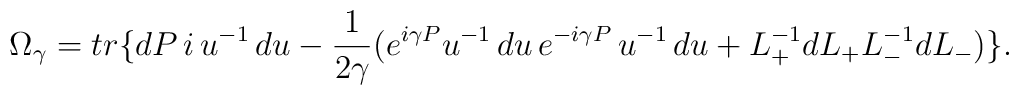
\Omega_{\gamma}=tr\{dP\,i\,u^{-1}\,du-\frac{1}{2\gamma}(e^{i\gamma P}u^{-1}\,du\,e^{-i\gamma P}\,u^{-1}\,du+L_{+}^{-1}dL_{+}L_{-}^{-1}dL_{-})\}.